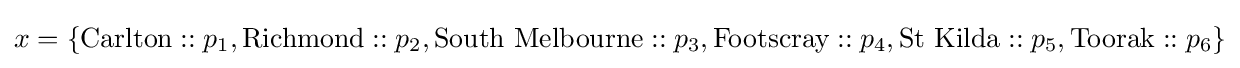
x=\{{\text{Carlton}}::p_{1},{\text{Richmond}}::p_{2},{\text{South Melbourne}}::p_{3},{\text{Footscray}}::p_{4},{\text{St Kilda}}::p_{5},{\text{Toorak}}::p_{6}\}